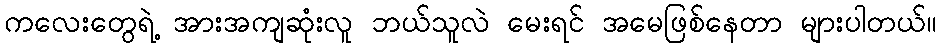
ကလေးတွေရဲ့ အားအကျဆုံးလူ ဘယ်သူလဲ မေးရင် အမေဖြစ်နေတာ များပါတယ်။